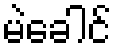
မဲခေါင်